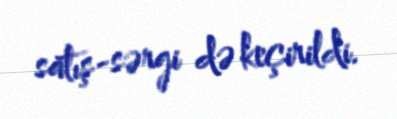
satış-sərgi də keçirildi.